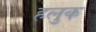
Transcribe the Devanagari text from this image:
हलुक